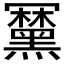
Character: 𪒍